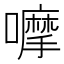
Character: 嚤